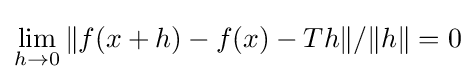
\lim _{h\to 0}\|f(x+h)-f(x)-Th\|/\|h\|=0